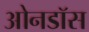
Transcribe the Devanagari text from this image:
ओनडॉस